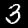
Digit: 3